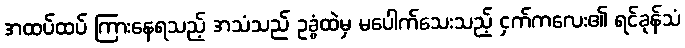
အထပ်ထပ် ကြားနေရသည့် အသံသည် ဥခွံထဲမှ မပေါက်သေးသည့် ငှက်ကလေး၏ ရင်ခုန်သံ